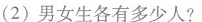
(2)男女生各有多少人?